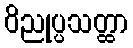
ဝိညုပ္ပသတ္ထာ